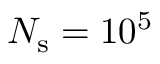
N _ { \mathrm { s } } = 1 0 ^ { 5 }